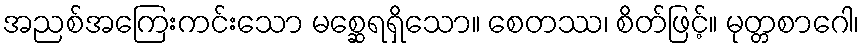
အညစ်အကြေးကင်းသော မစ္ဆေရရှိသော။ စေတဿ၊ စိတ်ဖြင့်။ မုတ္တစာဂေါ၊